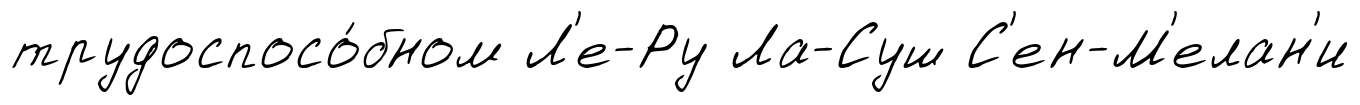
трудоспосо́бном Л'е-Ру Ла-Суш С'ен-М'елан'и